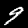
Digit: 9